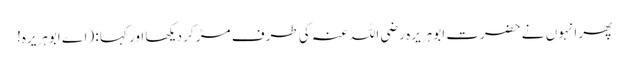
پھر انہوں نے حضرت ابوہریرہ رضی اللہ عنہ کی طرف مڑ کر دیکھا اور کہا : (اے ابوہریرہ!